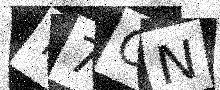
Text: T7GN